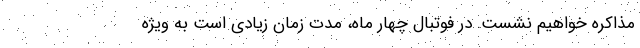
مذاکره خواهیم نشست. در فوتبال چهار ماه، مدت زمان زیادی است به ویژه